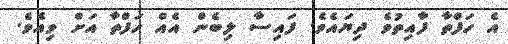
އެ ހަފްތާ ފާއިތުވެ ދިޔައެވެ. ފައިސާ ލިބެން އެއް ހަފްތާ އަށް ވިއެވެ.